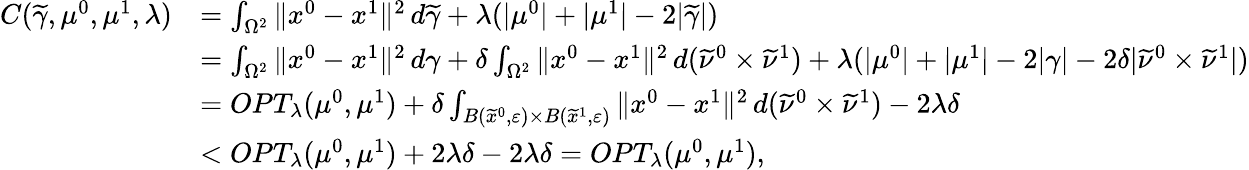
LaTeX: \begin{array}{rl}{C(\widetilde{\gamma},\mu^{0},\mu^{1},\lambda)}&{=\int_{\Omega^{2}}\| x^{0}-x^{1}\| ^{2}\, d\widetilde{\gamma}+\lambda(|\mu^{0}|+|\mu^{1}|-2|\widetilde{\gamma}|)}\\ &{=\int_{\Omega^{2}}\| x^{0}-x^{1}\| ^{2}\, d\gamma+\delta\int_{\Omega^{2}}\| x^{0}-x^{1}\| ^{2}\, d(\widetilde{\nu}^{0}\times\widetilde{\nu}^{1})+\lambda(|\mu^{0}|+|\mu^{1}|-2|\gamma|-2\delta|\widetilde{\nu}^{0}\times\widetilde{\nu}^{1}|)}\\ &{=OPT_{\lambda}(\mu^{0},\mu^{1})+\delta\int_{B(\widetilde{x}^{0},\varepsilon)\times B(\widetilde{x}^{1},\varepsilon)}\| x^{0}-x^{1}\| ^{2}\, d(\widetilde{\nu}^{0}\times\widetilde{\nu}^{1})-2\lambda\delta}\\ &{<OPT_{\lambda}(\mu^{0},\mu^{1})+2\lambda\delta-2\lambda\delta=OPT_{\lambda}(\mu^{0},\mu^{1}),}\end{array}